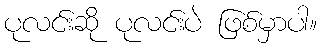
ပုလင်းဆို ပုလင်းပဲ ဖြစ်မှာပါ။